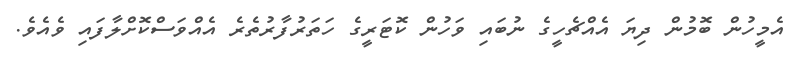
އެމީހުން ބޮމުން ދިޔަ އެއްޗެހީގެ ނުބައި ވަހުން ކޮޓަރީގެ ހަތަރުފާރުތެރެ އެއްވަސްކޮށްލާފައި ވެއެވެ.